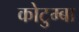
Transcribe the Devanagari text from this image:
कोटुम्बा